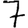
Digit: 7